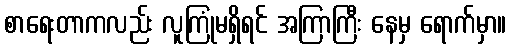
စာရေးတာကလည်း လူကြုံမရှိရင် အကြာကြီး နေမှ ရောက်မှာ။